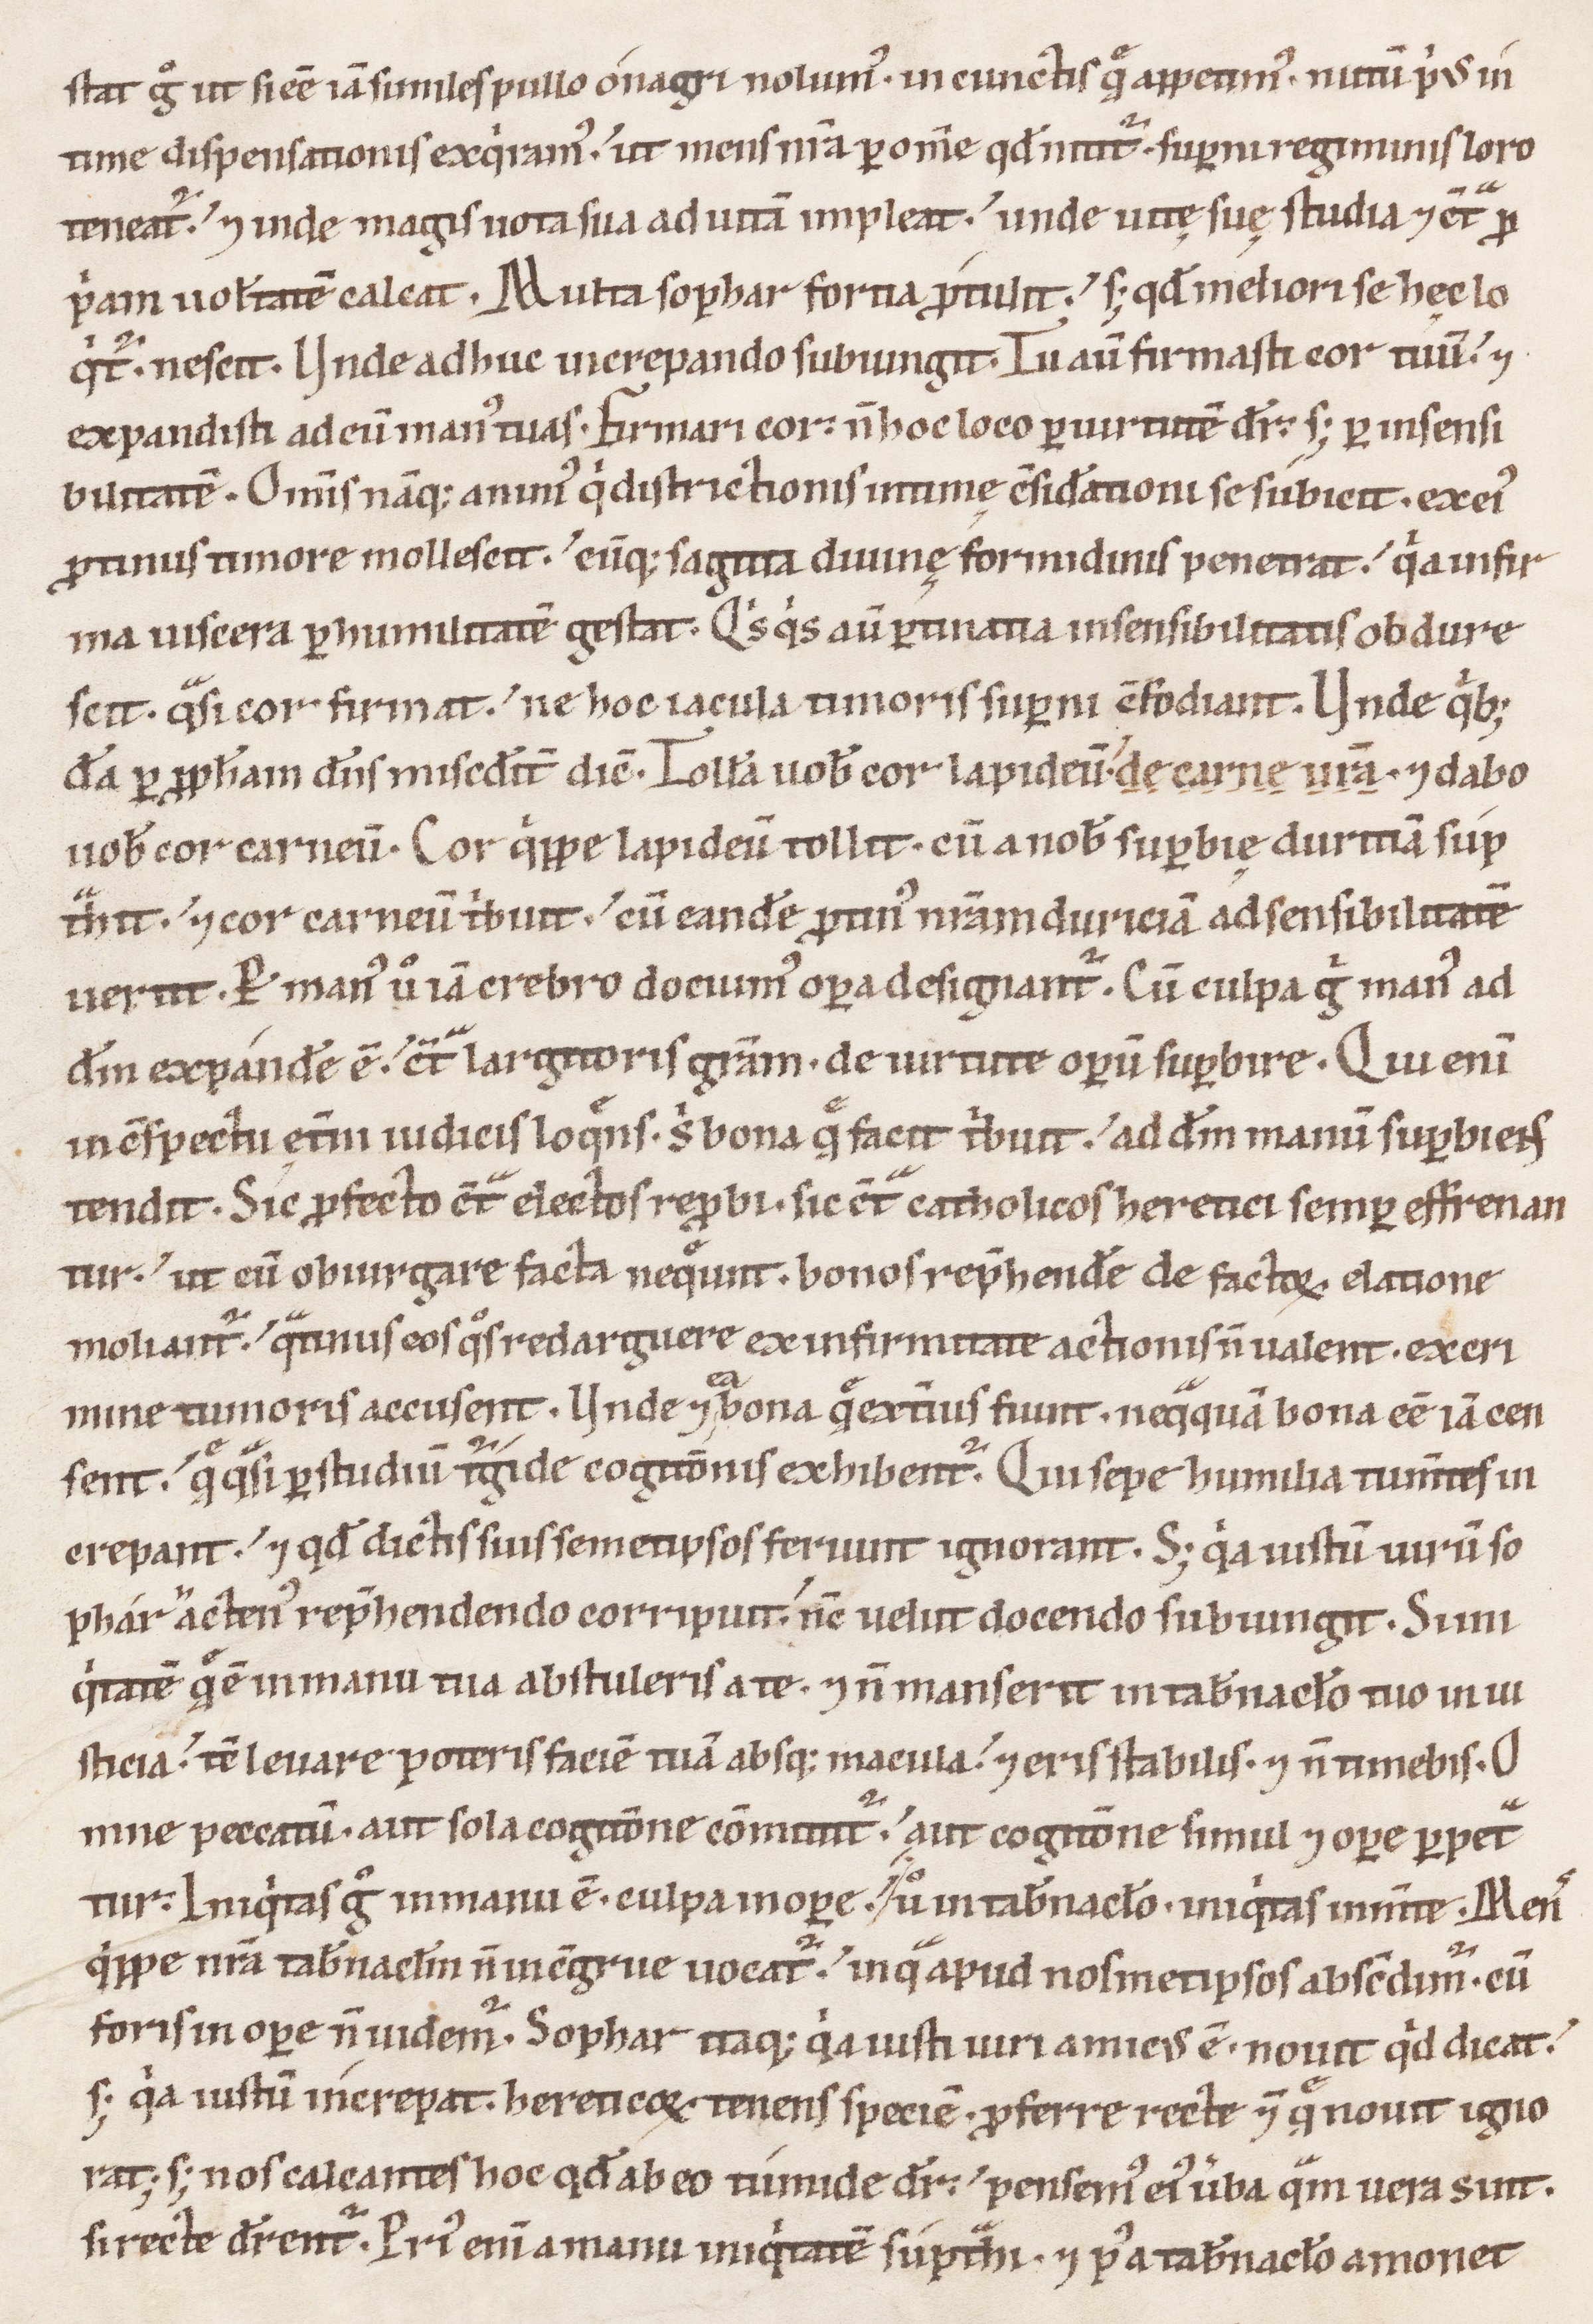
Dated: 1100–1199